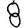
Digit: 8